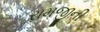
રામજીની